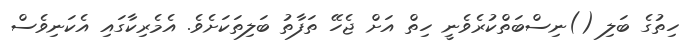
ހިތުގެ ބަލި ()ނިސްބަތްކުރެވެނީ ހިތް އަށް ޖެހޭ ތަފާތު ބަލިތަކަށެވެ. އެމެރިކާގައި އެކަނިވެސް